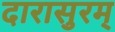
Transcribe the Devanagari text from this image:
दारासुरम्